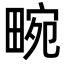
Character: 畹